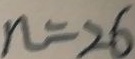
n = 2 6